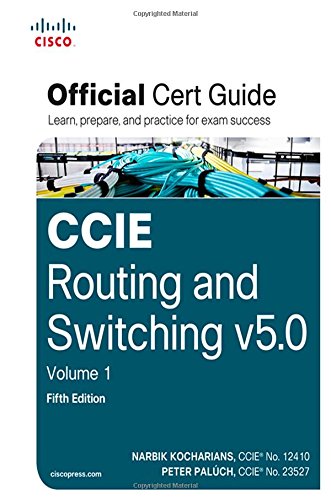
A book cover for CCIE Routing and Switching v5.0 Official Cert Guide, Volume 1 (5th Edition); Narbik Kocharians; Computers & Technology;